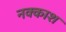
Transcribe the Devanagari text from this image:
नक्‍काश